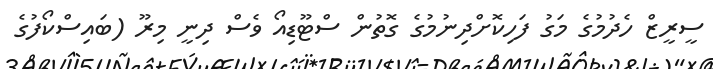
ސީރީޒް ހެދުމުގެ މަގު ފަހިކޮށްދިނުމުގެ ގޮތުން ސްޓޫޑިއޯ ވެސް ދިނީ މިރޫ (ބައިސްކޯފުގެ